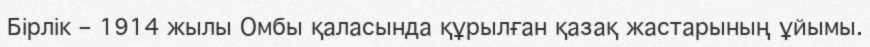
Бірлік – 1914 жылы Омбы қаласында құрылған қазақ жастарының ұйымы.